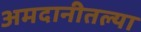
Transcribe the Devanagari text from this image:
अमदानीतल्या